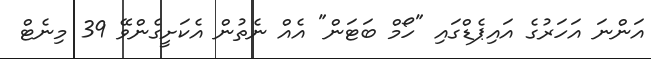
އަންނަ އަހަރުގެ އައިޕެޑްގައި "ހޯމް ބަޓަން" އެއް ނެތުން އެކަށީގެންވޭ 39 މިނެޓް